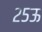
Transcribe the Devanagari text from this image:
२५ऊ